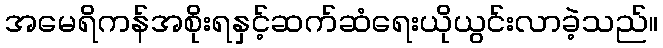
အမေရိကန်အစိုးရနှင့်ဆက်ဆံရေးယိုယွင်းလာခဲ့သည်။